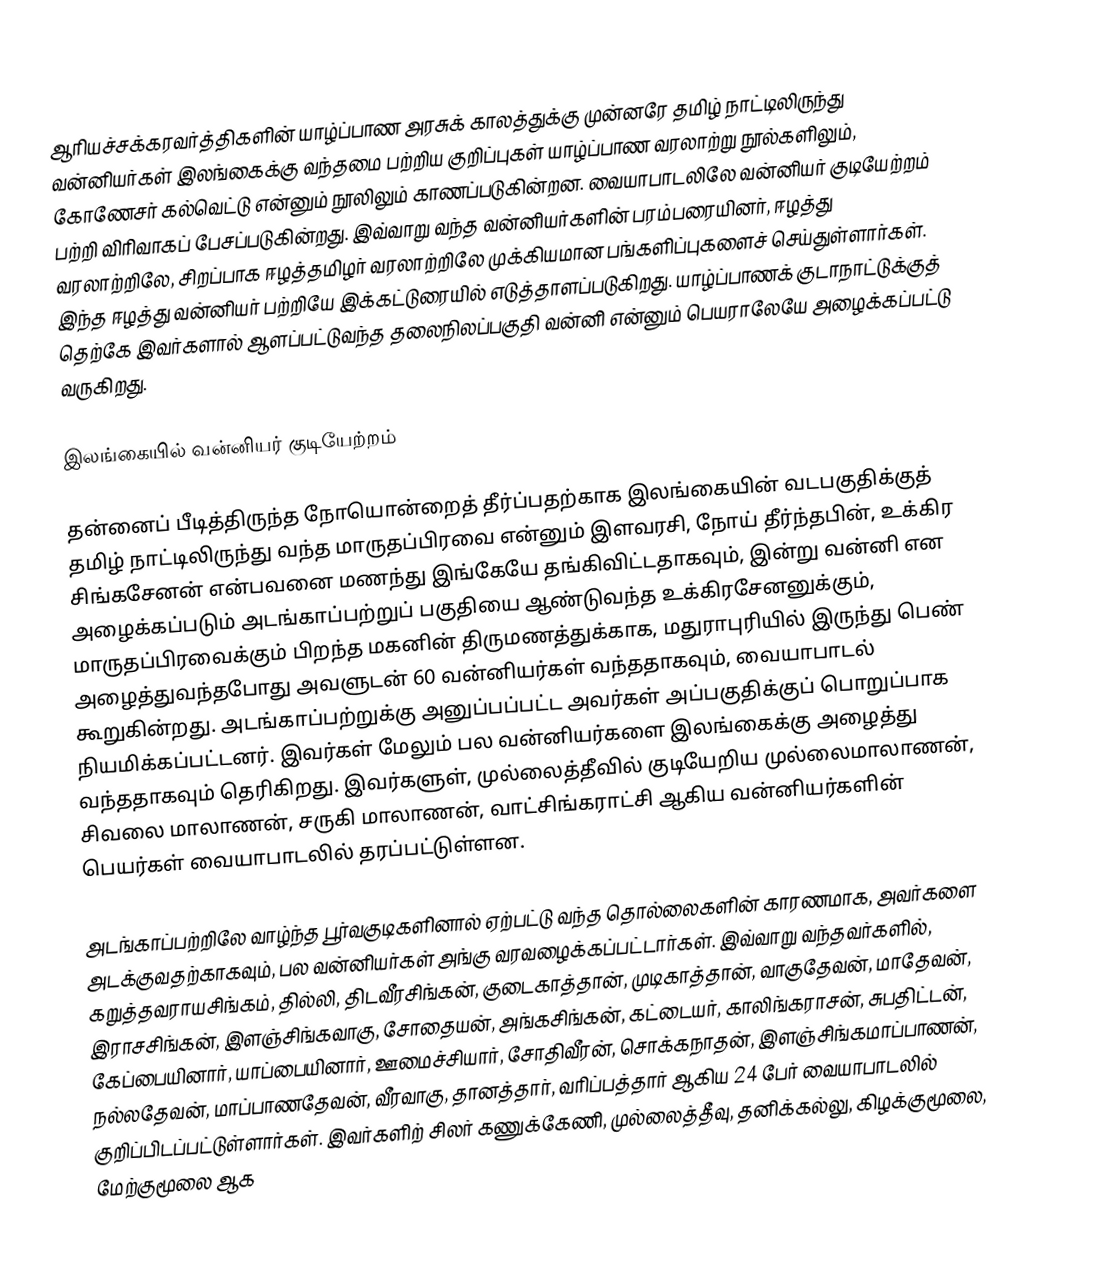
ஆரியச்சக்கரவர்த்திகளின் யாழ்ப்பாண அரசுக் காலத்துக்கு முன்னரே தமிழ் நாட்டிலிருந்து வன்னியர்கள் இலங்கைக்கு வந்தமை பற்றிய குறிப்புகள் யாழ்ப்பாண வரலாற்று நூல்களிலும், கோணேசர் கல்வெட்டு என்னும் நூலிலும் காணப்படுகின்றன. வையாபாடலிலே வன்னியர் குடியேற்றம் பற்றி விரிவாகப் பேசப்படுகின்றது. இவ்வாறு வந்த வன்னியர்களின் பரம்பரையினர், ஈழத்து வரலாற்றிலே, சிறப்பாக ஈழத்தமிழர் வரலாற்றிலே முக்கியமான பங்களிப்புகளைச் செய்துள்ளார்கள். இந்த ஈழத்து வன்னியர் பற்றியே இக்கட்டுரையில் எடுத்தாளப்படுகிறது. யாழ்ப்பாணக் குடாநாட்டுக்குத் தெற்கே இவர்களால் ஆளப்பட்டுவந்த தலைநிலப்பகுதி வன்னி என்னும் பெயராலேயே அழைக்கப்பட்டு வருகிறது.

இலங்கையில் வன்னியர் குடியேற்றம்

தன்னைப் பீடித்திருந்த நோயொன்றைத் தீர்ப்பதற்காக இலங்கையின் வடபகுதிக்குத் தமிழ் நாட்டிலிருந்து வந்த மாருதப்பிரவை என்னும் இளவரசி, நோய் தீர்ந்தபின், உக்கிர சிங்கசேனன் என்பவனை மணந்து இங்கேயே தங்கிவிட்டதாகவும், இன்று வன்னி என அழைக்கப்படும் அடங்காப்பற்றுப் பகுதியை ஆண்டுவந்த உக்கிரசேனனுக்கும், மாருதப்பிரவைக்கும் பிறந்த மகனின் திருமணத்துக்காக, மதுராபுரியில் இருந்து பெண் அழைத்துவந்தபோது அவளுடன் 60 வன்னியர்கள் வந்ததாகவும், வையாபாடல் கூறுகின்றது. அடங்காப்பற்றுக்கு அனுப்பப்பட்ட அவர்கள் அப்பகுதிக்குப் பொறுப்பாக நியமிக்கப்பட்டனர். இவர்கள் மேலும் பல வன்னியர்களை இலங்கைக்கு அழைத்து வந்ததாகவும் தெரிகிறது. இவர்களுள், முல்லைத்தீவில் குடியேறிய முல்லைமாலாணன், சிவலை மாலாணன், சருகி மாலாணன், வாட்சிங்கராட்சி ஆகிய வன்னியர்களின் பெயர்கள் வையாபாடலில் தரப்பட்டுள்ளன.

அடங்காப்பற்றிலே வாழ்ந்த பூர்வகுடிகளினால் ஏற்பட்டு வந்த தொல்லைகளின் காரணமாக, அவர்களை அடக்குவதற்காகவும், பல வன்னியர்கள் அங்கு வரவழைக்கப்பட்டார்கள். இவ்வாறு வந்தவர்களில், கறுத்தவராயசிங்கம், தில்லி, திடவீரசிங்கன், குடைகாத்தான், முடிகாத்தான், வாகுதேவன், மாதேவன், இராசசிங்கன், இளஞ்சிங்கவாகு, சோதையன், அங்கசிங்கன், கட்டையர், காலிங்கராசன், சுபதிட்டன், கேப்பையினார், யாப்பையினார், ஊமைச்சியார், சோதிவீரன், சொக்கநாதன், இளஞ்சிங்கமாப்பாணன், நல்லதேவன், மாப்பாணதேவன், வீரவாகு, தானத்தார், வரிப்பத்தார் ஆகிய 24 பேர் வையாபாடலில் குறிப்பிடப்பட்டுள்ளார்கள்.  இவர்களிற் சிலர் கணுக்கேணி, முல்லைத்தீவு, தனிக்கல்லு, கிழக்குமூலை, மேற்குமூலை ஆக